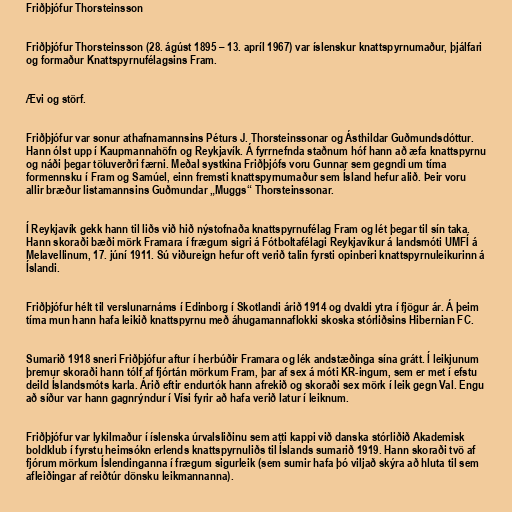
Friðþjófur Thorsteinsson

Friðþjófur Thorsteinsson (28. ágúst 1895 – 13. apríl 1967) var íslenskur knattspyrnumaður, þjálfari
og formaður Knattspyrnufélagsins Fram.

Ævi og störf.

Friðþjófur var sonur athafnamannsins Péturs J. Thorsteinssonar og Ásthildar Guðmundsdóttur.
Hann ólst upp í Kaupmannahöfn og Reykjavík. Á fyrrnefnda staðnum hóf hann að æfa knattspyrnu
og náði þegar töluverðri færni. Meðal systkina Friðþjófs voru Gunnar sem gegndi um tíma
formennsku í Fram og Samúel, einn fremsti knattspyrnumaður sem Ísland hefur alið. Þeir voru
allir bræður listamannsins Guðmundar „Muggs“ Thorsteinssonar.

Í Reykjavík gekk hann til liðs við hið nýstofnaða knattspyrnufélag Fram og lét þegar til sín taka.
Hann skoraði bæði mörk Framara í frægum sigri á Fótboltafélagi Reykjavíkur á landsmóti UMFÍ á
Melavellinum, 17. júní 1911. Sú viðureign hefur oft verið talin fyrsti opinberi knattspyrnuleikurinn á
Íslandi.

Friðþjófur hélt til verslunarnáms í Edinborg í Skotlandi árið 1914 og dvaldi ytra í fjögur ár. Á þeim
tíma mun hann hafa leikið knattspyrnu með áhugamannaflokki skoska stórliðsins Hibernian FC.

Sumarið 1918 sneri Friðþjófur aftur í herbúðir Framara og lék andstæðinga sína grátt. Í leikjunum
þremur skoraði hann tólf af fjórtán mörkum Fram, þar af sex á móti KR-ingum, sem er met í efstu
deild Íslandsmóts karla. Árið eftir endurtók hann afrekið og skoraði sex mörk í leik gegn Val. Engu
að síður var hann gagnrýndur í Vísi fyrir að hafa verið latur í leiknum.

Friðþjófur var lykilmaður í íslenska úrvalsliðinu sem atti kappi við danska stórliðið Akademisk
boldklub í fyrstu heimsókn erlends knattspyrnuliðs til Íslands sumarið 1919. Hann skoraði tvö af
fjórum mörkum Íslendinganna í frægum sigurleik (sem sumir hafa þó viljað skýra að hluta til sem
afleiðingar af reiðtúr dönsku leikmannanna).